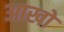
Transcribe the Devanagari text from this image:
आखो